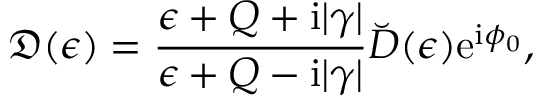
\mathfrak { D } ( \epsilon ) = \frac { \epsilon + Q + \mathrm { i } | \gamma | } { \epsilon + Q - \mathrm { i } | \gamma | } \breve { D } ( \epsilon ) \mathrm { e } ^ { \mathrm { i } \phi _ { 0 } } ,